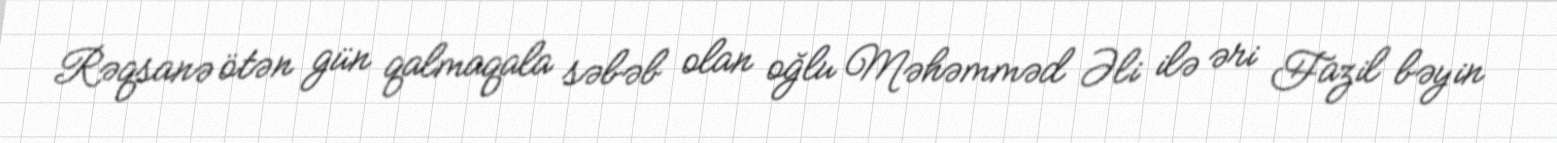
Rəqsanə ötən gün qalmaqala səbəb olan oğlu Məhəmməd Əli ilə əri Fazil bəyin